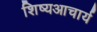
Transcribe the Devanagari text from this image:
शिष्यआचार्य